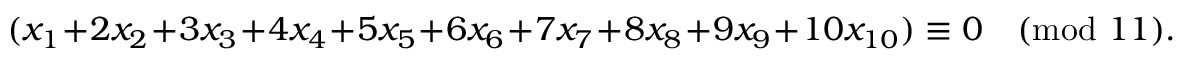
( x _ { 1 } + 2 x _ { 2 } + 3 x _ { 3 } + 4 x _ { 4 } + 5 x _ { 5 } + 6 x _ { 6 } + 7 x _ { 7 } + 8 x _ { 8 } + 9 x _ { 9 } + 1 0 x _ { 1 0 } ) \equiv 0 { \pmod { 1 1 } } .